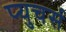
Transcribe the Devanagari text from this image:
प्युचर्स